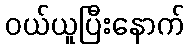
ဝယ်ယူပြီးနောက်